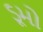
ડૂમો